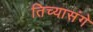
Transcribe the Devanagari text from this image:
तिच्यासंगे